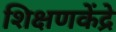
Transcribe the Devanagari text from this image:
शिक्षणकेंद्रे